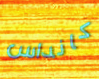
كانداس